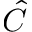
\hat { C }